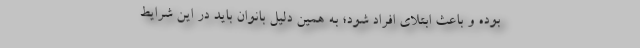
بوده و باعث ابتلای افراد شود؛ به همین دلیل بانوان باید در این شرایط